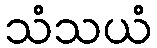
သံသယံ